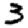
Digit: 3